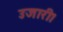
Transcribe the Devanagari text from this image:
उजारी।